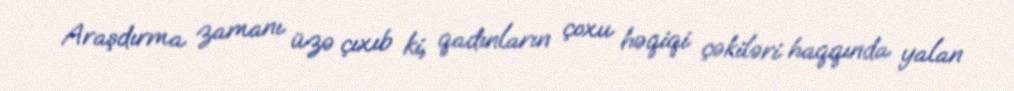
Araşdırma zamanı üzə çıxıb ki, qadınların çoxu həqiqi çəkiləri haqqında yalan